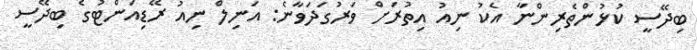
ބިދޭސީ ކުޅުންތެރިންނާ އެކު ނިއު އިތުރަށް ވަރުގަދަވާނެ: އަނިލް ނިއު ރޭޑިއަންޓުގެ ބިދޭސީ